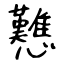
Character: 戁